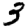
Digit: 3